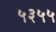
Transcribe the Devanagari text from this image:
५३५५